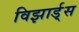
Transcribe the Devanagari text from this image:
विझार्ड्‌स